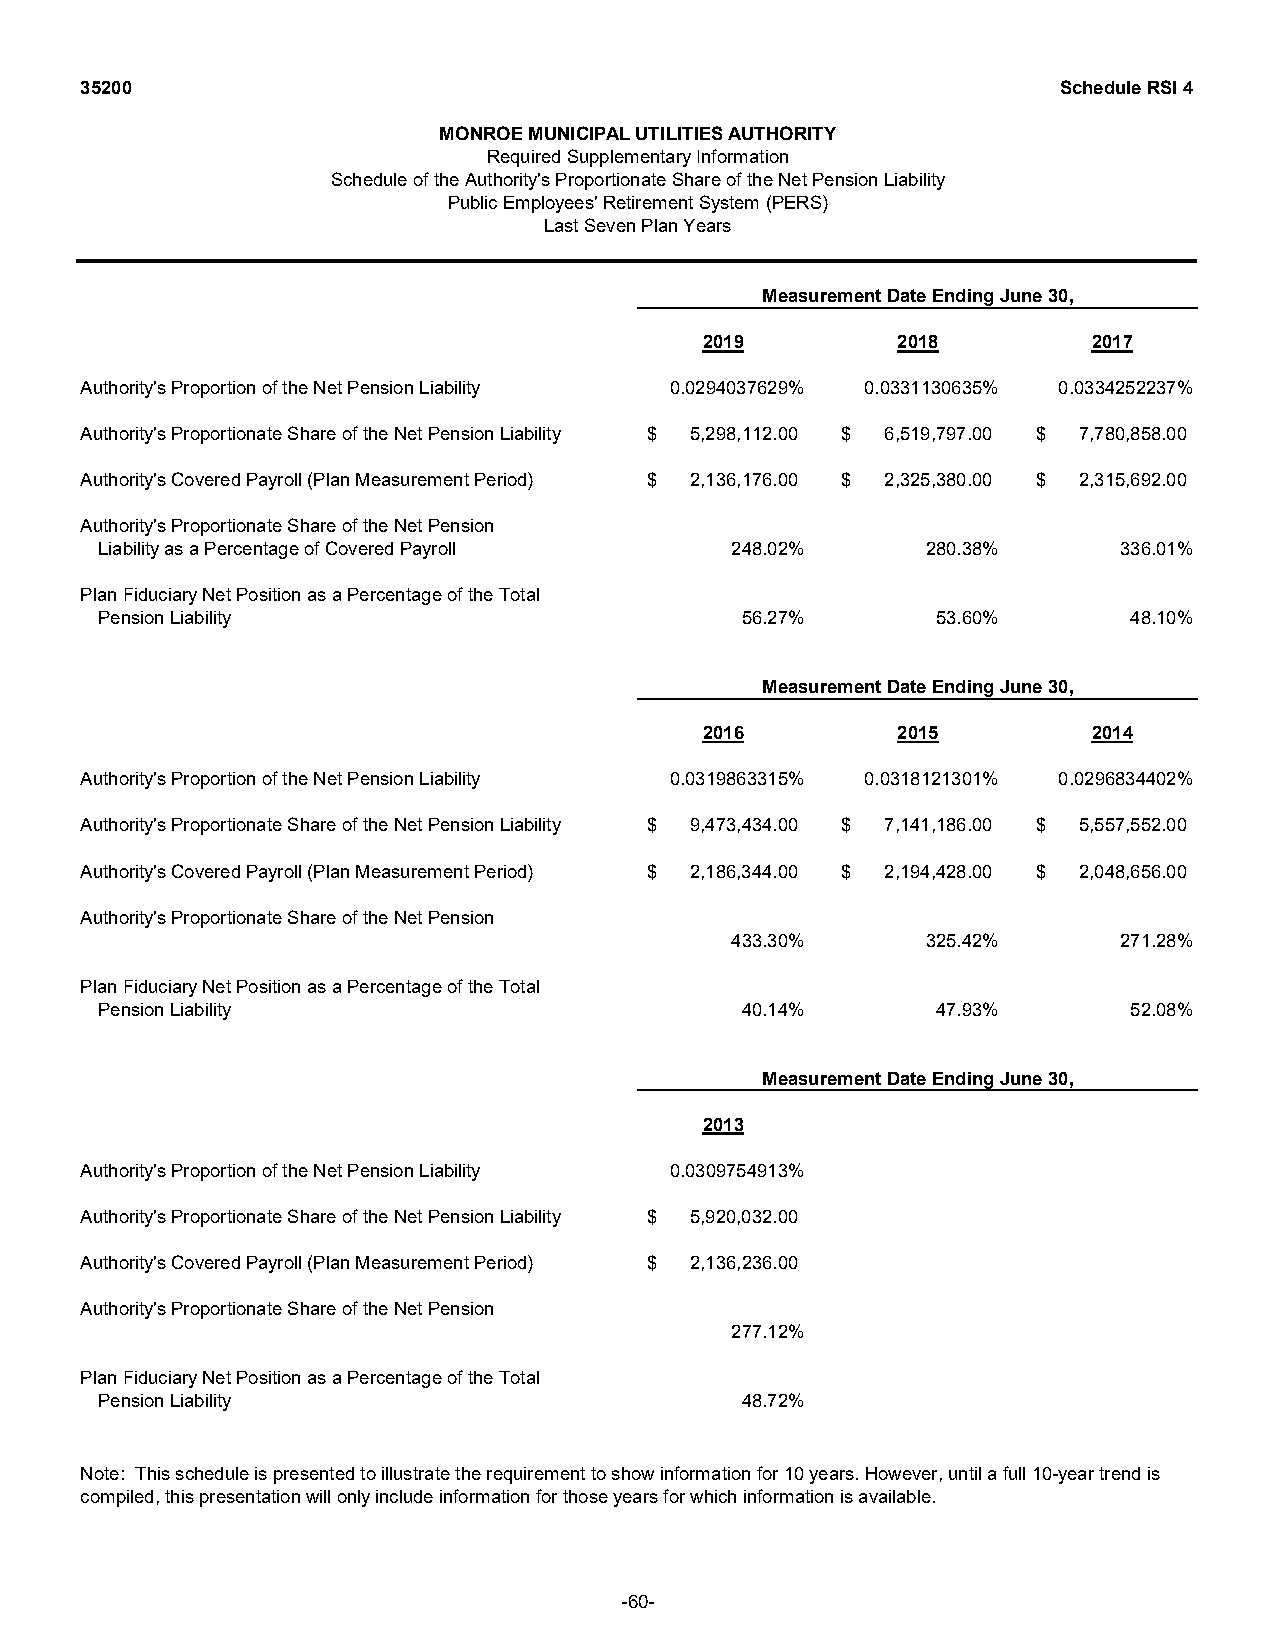
35200                                                            Schedule RSI 4
 MONROE MUNICIPAL UTILITIES AUTHORITY
 Required Supplementary Information
 Schedule of the Authority's Proportionate Share of the Net Pension Liability
 Public Employees' Retirement System (PERS)
 Last Seven Plan Years
 Measurement Date Ending June 30,
 2019         2018         2017
 Authority's Proportion of the Net Pension Liability 0.0294037629% 0.0331130635% 0.0334252237%
 Authority's Proportionate Share of the Net Pension Liability $ 5,298,112.00 $ 6,519,797.00 $ 7,780,858.00
 Authority's Covered Payroll (Plan Measurement Period) $ 2,136,176.00 $ 2,325,380.00 $ 2,315,692.00
 Authority's Proportionate Share of the Net Pension
 Liability as a Percentage of Covered Payroll 248.02%   280.38%      336.01%
 Plan Fiduciary Net Position as a Percentage of the Total
 Pension Liability                          56.27%       53.60%      48.10%
 Measurement Date Ending June 30,
 2016         2015         2014
 Authority's Proportion of the Net Pension Liability 0.0319863315% 0.0318121301% 0.0296834402%
 Authority's Proportionate Share of the Net Pension Liability $ 9,473,434.00 $ 7,141,186.00 $ 5,557,552.00
 Authority's Covered Payroll (Plan Measurement Period) $ 2,186,344.00 $ 2,194,428.00 $ 2,048,656.00
 Authority's Proportionate Share of the Net Pension
 433.30%      325.42%      271.28%
 Plan Fiduciary Net Position as a Percentage of the Total
 Pension Liability                          40.14%       47.93%      52.08%
 Measurement Date Ending June 30,
 2013
 Authority's Proportion of the Net Pension Liability 0.0309754913%
 Authority's Proportionate Share of the Net Pension Liability $ 5,920,032.00
 Authority's Covered Payroll (Plan Measurement Period) $ 2,136,236.00
 Authority's Proportionate Share of the Net Pension
 277.12%
 Plan Fiduciary Net Position as a Percentage of the Total
 Pension Liability                          48.72%
 Note: This schedule is presented to illustrate the requirement to show information for 10 years. However, until a full 10-year trend is
 compiled, this presentation will only include information for those years for which information is available.
 -60-